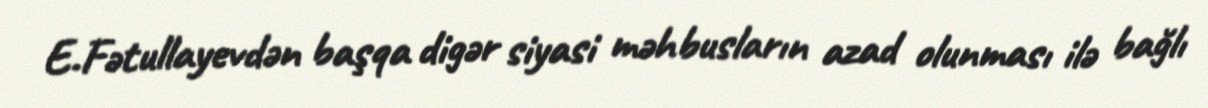
E.Fətullayevdən başqa digər siyasi məhbusların azad olunması ilə bağlı